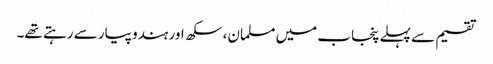
تقسیم سے پہلے پنجاب میں مسلمان، سکھ اور ہندو پیار سے رہتے تھے۔